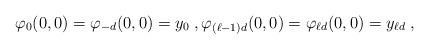
LaTeX: \begin{align*}\varphi_0(0,0) = \varphi_{-d}(0,0) = y_0 \;, \varphi_{(\ell-1)d}(0,0) = \varphi_{\ell d}(0,0) = y_{\ell d} \;,\end{align*}